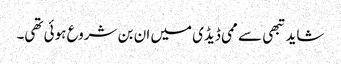
شاید تبھی سے ممی ڈیڈی میں ان بن شروع ہوئی تھی۔